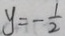
y = - \frac { 1 } { 2 }